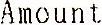
AMOUNT